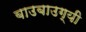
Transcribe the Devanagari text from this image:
बाउबाउग्यी